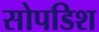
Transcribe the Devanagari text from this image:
सोपडिश